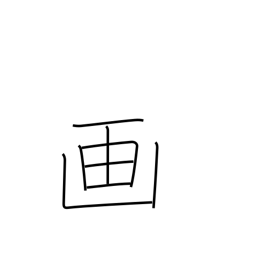
Meaning: picture